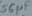
Text: 56µF